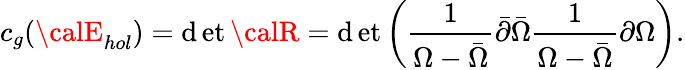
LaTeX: c_{g}({\calE}_{hol})=\operatorname*{\mathrm{d}et}{\calR}=\operatorname*{\mathrm{d}et}\left({\frac{{1}}{{\Omega-\bar{{\Omega}}}}}\bar{{\partial}}\bar{{\Omega}}{\frac{{1}}{{\Omega-\bar{{\Omega}}}}}\partial\Omega\right).